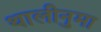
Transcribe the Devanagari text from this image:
थालीनुमा